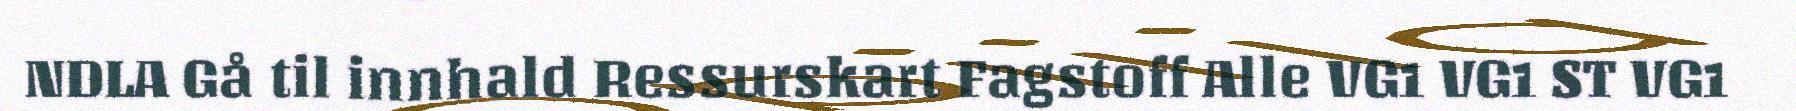
NDLA Gå til innhald Ressurskart Fagstoff Alle VG1 VG1 ST VG1